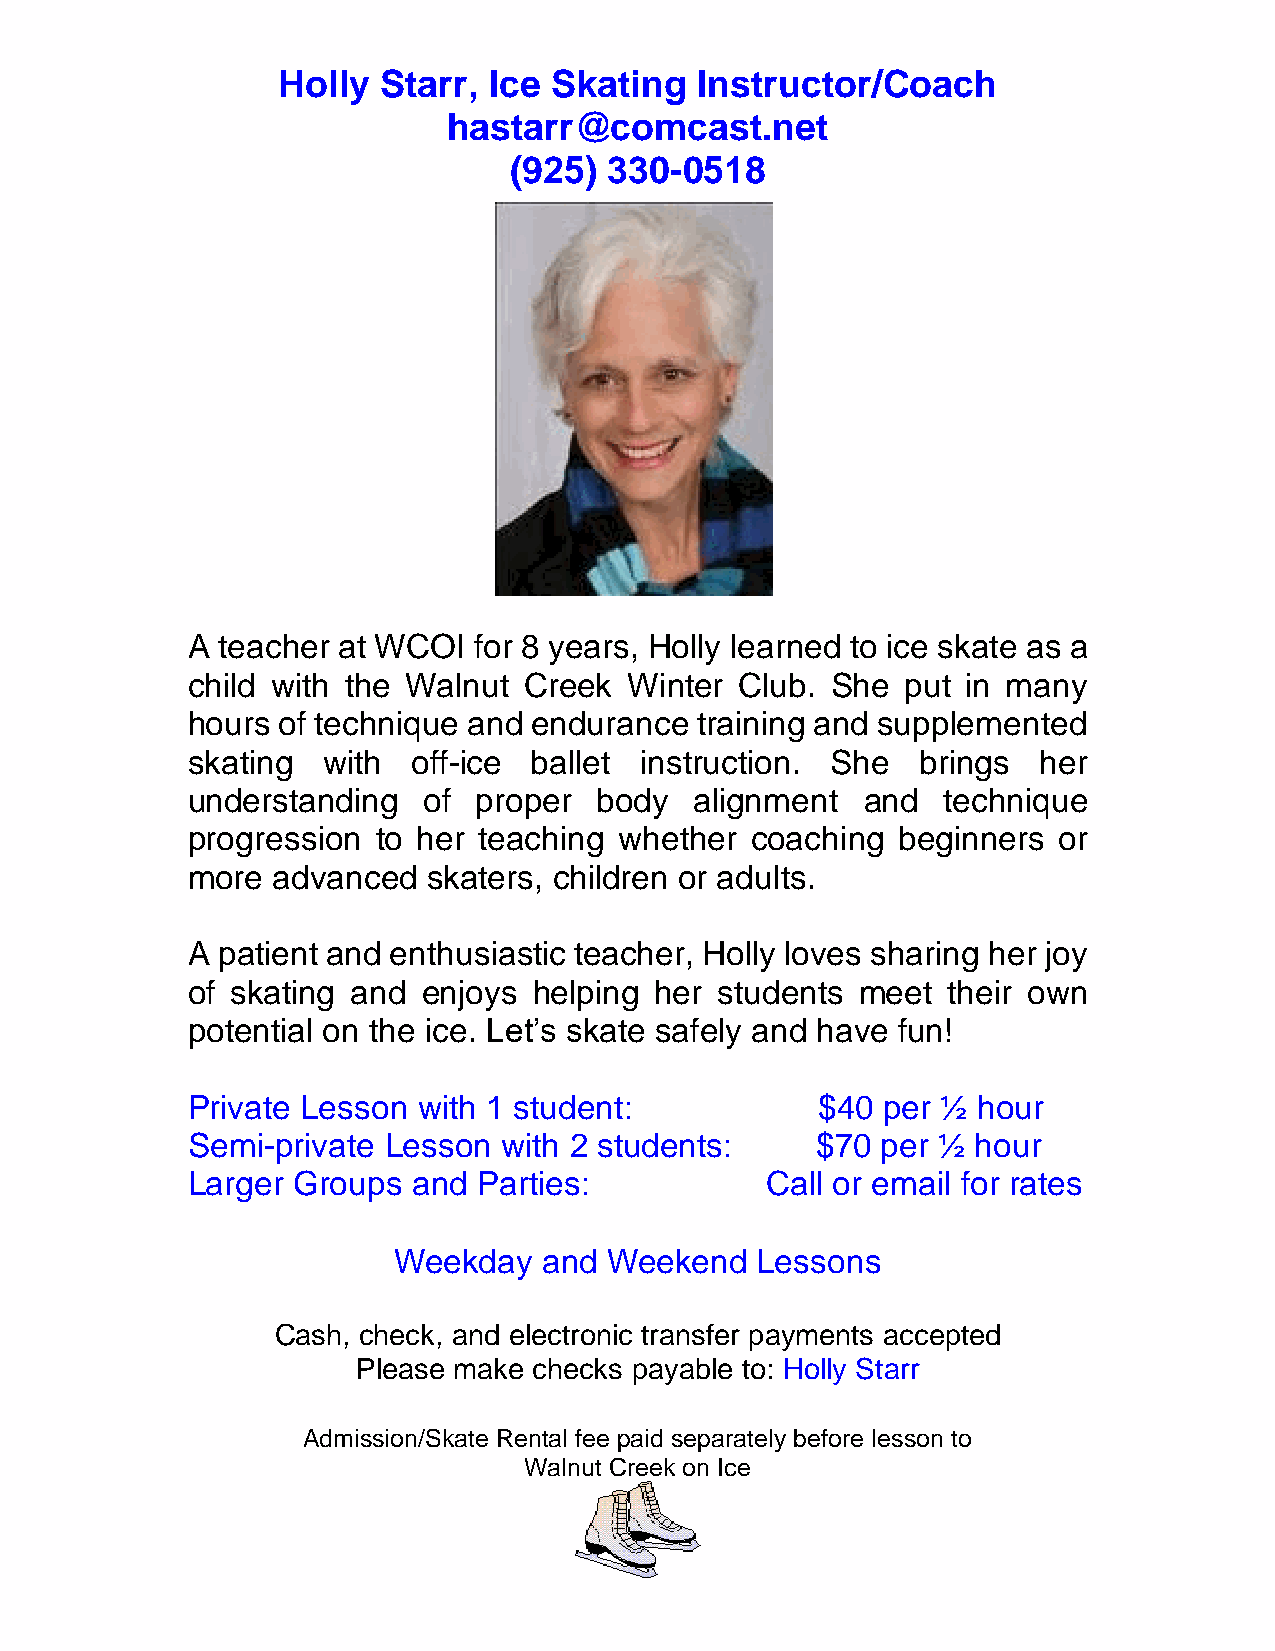
Holly  Starr, Ice Skating   Instructor/Coach
 hastarr@comcast.net
 (925) 330-0518
 A teacher at WCOI  for 8 years, Holly learned to ice skate as a
 child with the Walnut  Creek  Winter Club. She  put in many
 hours of technique and endurance  training and supplemented
 skating  with  off-ice ballet instruction. She   brings  her
 understanding   of  proper body   alignment  and   technique
 progression  to her teaching whether  coaching beginners  or
 more  advanced  skaters, children or adults.
 A patient and enthusiastic teacher, Holly loves sharing her joy
 of skating and  enjoys helping her students  meet  their own
 potential on the ice. Let’s skate safely and have fun!
 Private Lesson  with 1 student:           $40 per ½  hour
 Semi-private Lesson  with 2 students:     $70 per ½  hour
 Larger Groups  and  Parties:           Call or email for rates
 Weekday   and Weekend   Lessons
 Cash, check, and electronic transfer payments accepted
 Please make checks payable to: Holly Starr
 Admission/Skate Rental fee paid separately before lesson to
 Walnut Creek on Ice